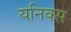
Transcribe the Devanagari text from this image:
यनिक्स